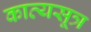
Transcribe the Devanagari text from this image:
काव्यसूत्र